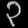
Digit: ၃